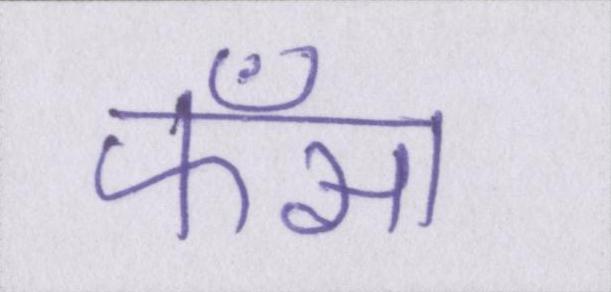
फँसा